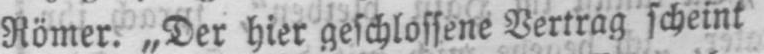
Römer. „Der hier geschlossene Vertrag scheint